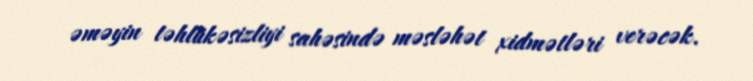
əməyin təhlükəsizliyi sahəsində məsləhət xidmətləri verəcək.